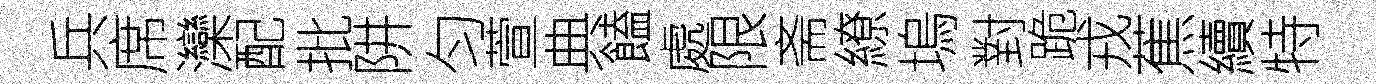
兵席灤配批阱匀萱典饁處限斋繚塢對跪戎蕉續特